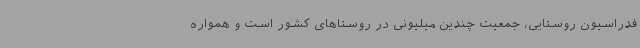
فدراسیون روستایی، جمعیت چندین میلیونی در روستاهای کشور است و همواره